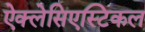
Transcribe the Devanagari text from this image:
ऐक्लेसिएस्टिकल